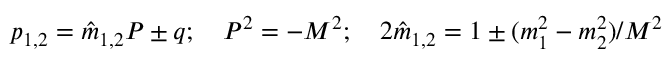
p _ { 1 , 2 } = { \hat { m } } _ { 1 , 2 } P \pm q ; \quad P ^ { 2 } = - M ^ { 2 } ; \quad 2 { \hat { m } } _ { 1 , 2 } = 1 \pm ( m _ { 1 } ^ { 2 } - m _ { 2 } ^ { 2 } ) / M ^ { 2 }